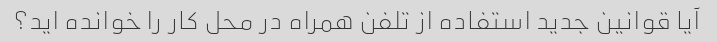
آیا قوانین جدید استفاده از تلفن همراه در محل کار را خوانده اید؟